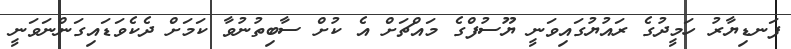
ފަނޑިޔާރު ހަމީދުގެ ރައުޔުގައިވަނީ ޔޫސުފްގެ މައްޗަށް އެ ކުށް ސާބިތުނުވާ ކަމަށް ދެކެވަޑައިގަންނަވަނީ